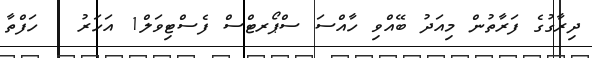
ދިރާގުގެ ފަރާތުން މިއަދު ބޭއްވި ހާއްސަ ސްޕޯރޓްސް ފެސްޓިވަލް1 އަހަރު 1 ހަފްތާ